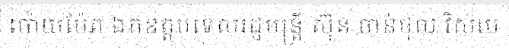
ប៉ោយប៉ែត ឯកឧត្តមទេសរដ្ឋមន្ត្រី ស៊ុន ចាន់ថុល វិស័យ